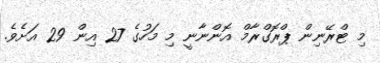
މި ޓްރޭނިން ޕްރޮގްރާމް އޮންނާނީ މި މަހުގެ 27 އިން 29 އަށެވެ.